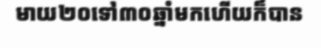
មាយ២០ទៅ៣០ឆ្នាំមកហើយក៏បាន